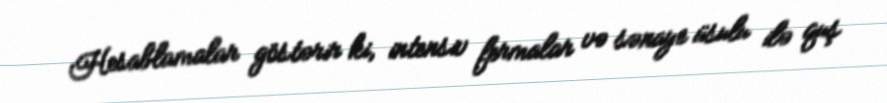
Hesablamalar göstərir ki, intensiv fermalar və sənaye üsulu ilə quş